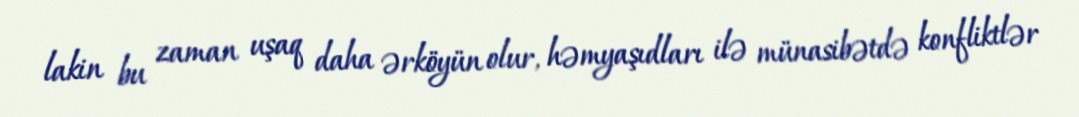
lakin bu zaman uşaq daha ərköyün olur, həmyaşıdları ilə münasibətdə konfliktlər